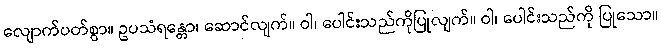
လျောက်ပတ်စွာ။ ဥပသံရန္တော၊ ဆောင်လျက်။ ဝါ၊ ပေါင်းသည်ကိုပြုလျက်။ ဝါ၊ ပေါင်းသည်ကို ပြုသော။